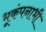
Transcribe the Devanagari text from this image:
भूकंपनाभी